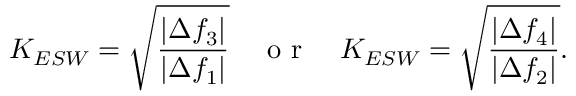
K _ { E S W } = \sqrt { \frac { \left| \Delta f _ { 3 } \right| } { \left| \Delta f _ { 1 } \right| } } \quad \mathrm { ~ o ~ r ~ } \quad K _ { E S W } = \sqrt { \frac { \left| \Delta f _ { 4 } \right| } { \left| \Delta f _ { 2 } \right| } } .